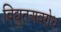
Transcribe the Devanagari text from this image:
विद्युतअवरोध